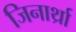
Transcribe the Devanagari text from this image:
जिनार्थ्रा